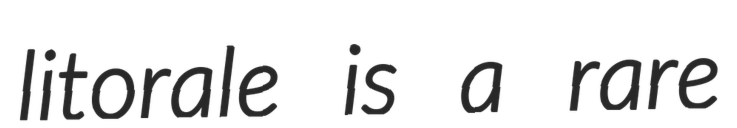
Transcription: litorale is a rare